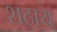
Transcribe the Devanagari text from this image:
शठाय